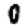
Digit: 0